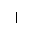
Letter: _alif